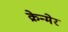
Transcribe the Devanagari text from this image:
क्रेन्मेर